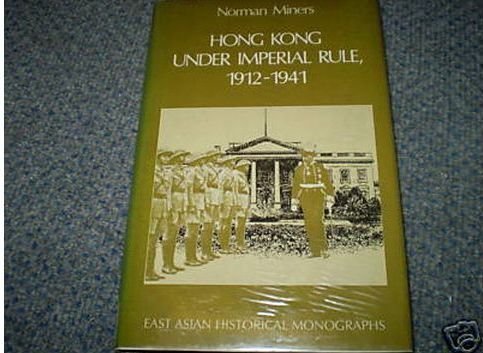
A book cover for Hong Kong Under Imperial Rule, 1912-1941 (East Asian Historical Monographs); Norman Miners; History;